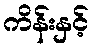
ကိန်းနှင့်